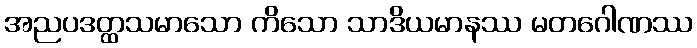
အညပဒတ္ထသမာသော ကိသော သာဒိယမာနဿ မတဂေါဏဿ